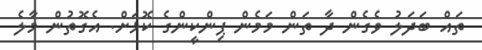
ތައް ބަދަލު ވެގެން ދާ ތަން މަމެން ޕިންކީންގެ ކޮޅަށް. އެގޮތުން މާލެ